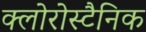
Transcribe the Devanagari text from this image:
क्लोरोस्टैनिक